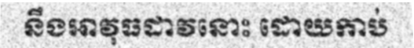
នឹងអាវុធដាវនោះ ដោយកាប់